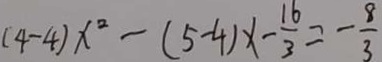
( 4 - 4 ) x ^ { 2 } - ( 5 - 4 ) x - \frac { 1 6 } { 3 } = - \frac { 8 } { 3 }